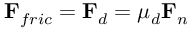
\mathbf { F } _ { f r i c } = \mathbf { F } _ { d } = \mu _ { d } \mathbf { F } _ { n }